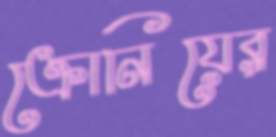
ক্রোনিয়ের